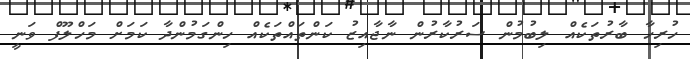
ހުރިހާ ބާރުތަކެއް ލިބުމުން ސަރުކާރުން ނާޖާއިޒު ކަންތައްތަކެއް ހިންގަމުންދާ ކަމަށް މަހްލޫފް ވަނީ